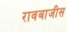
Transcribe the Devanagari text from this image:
रावबाजीस